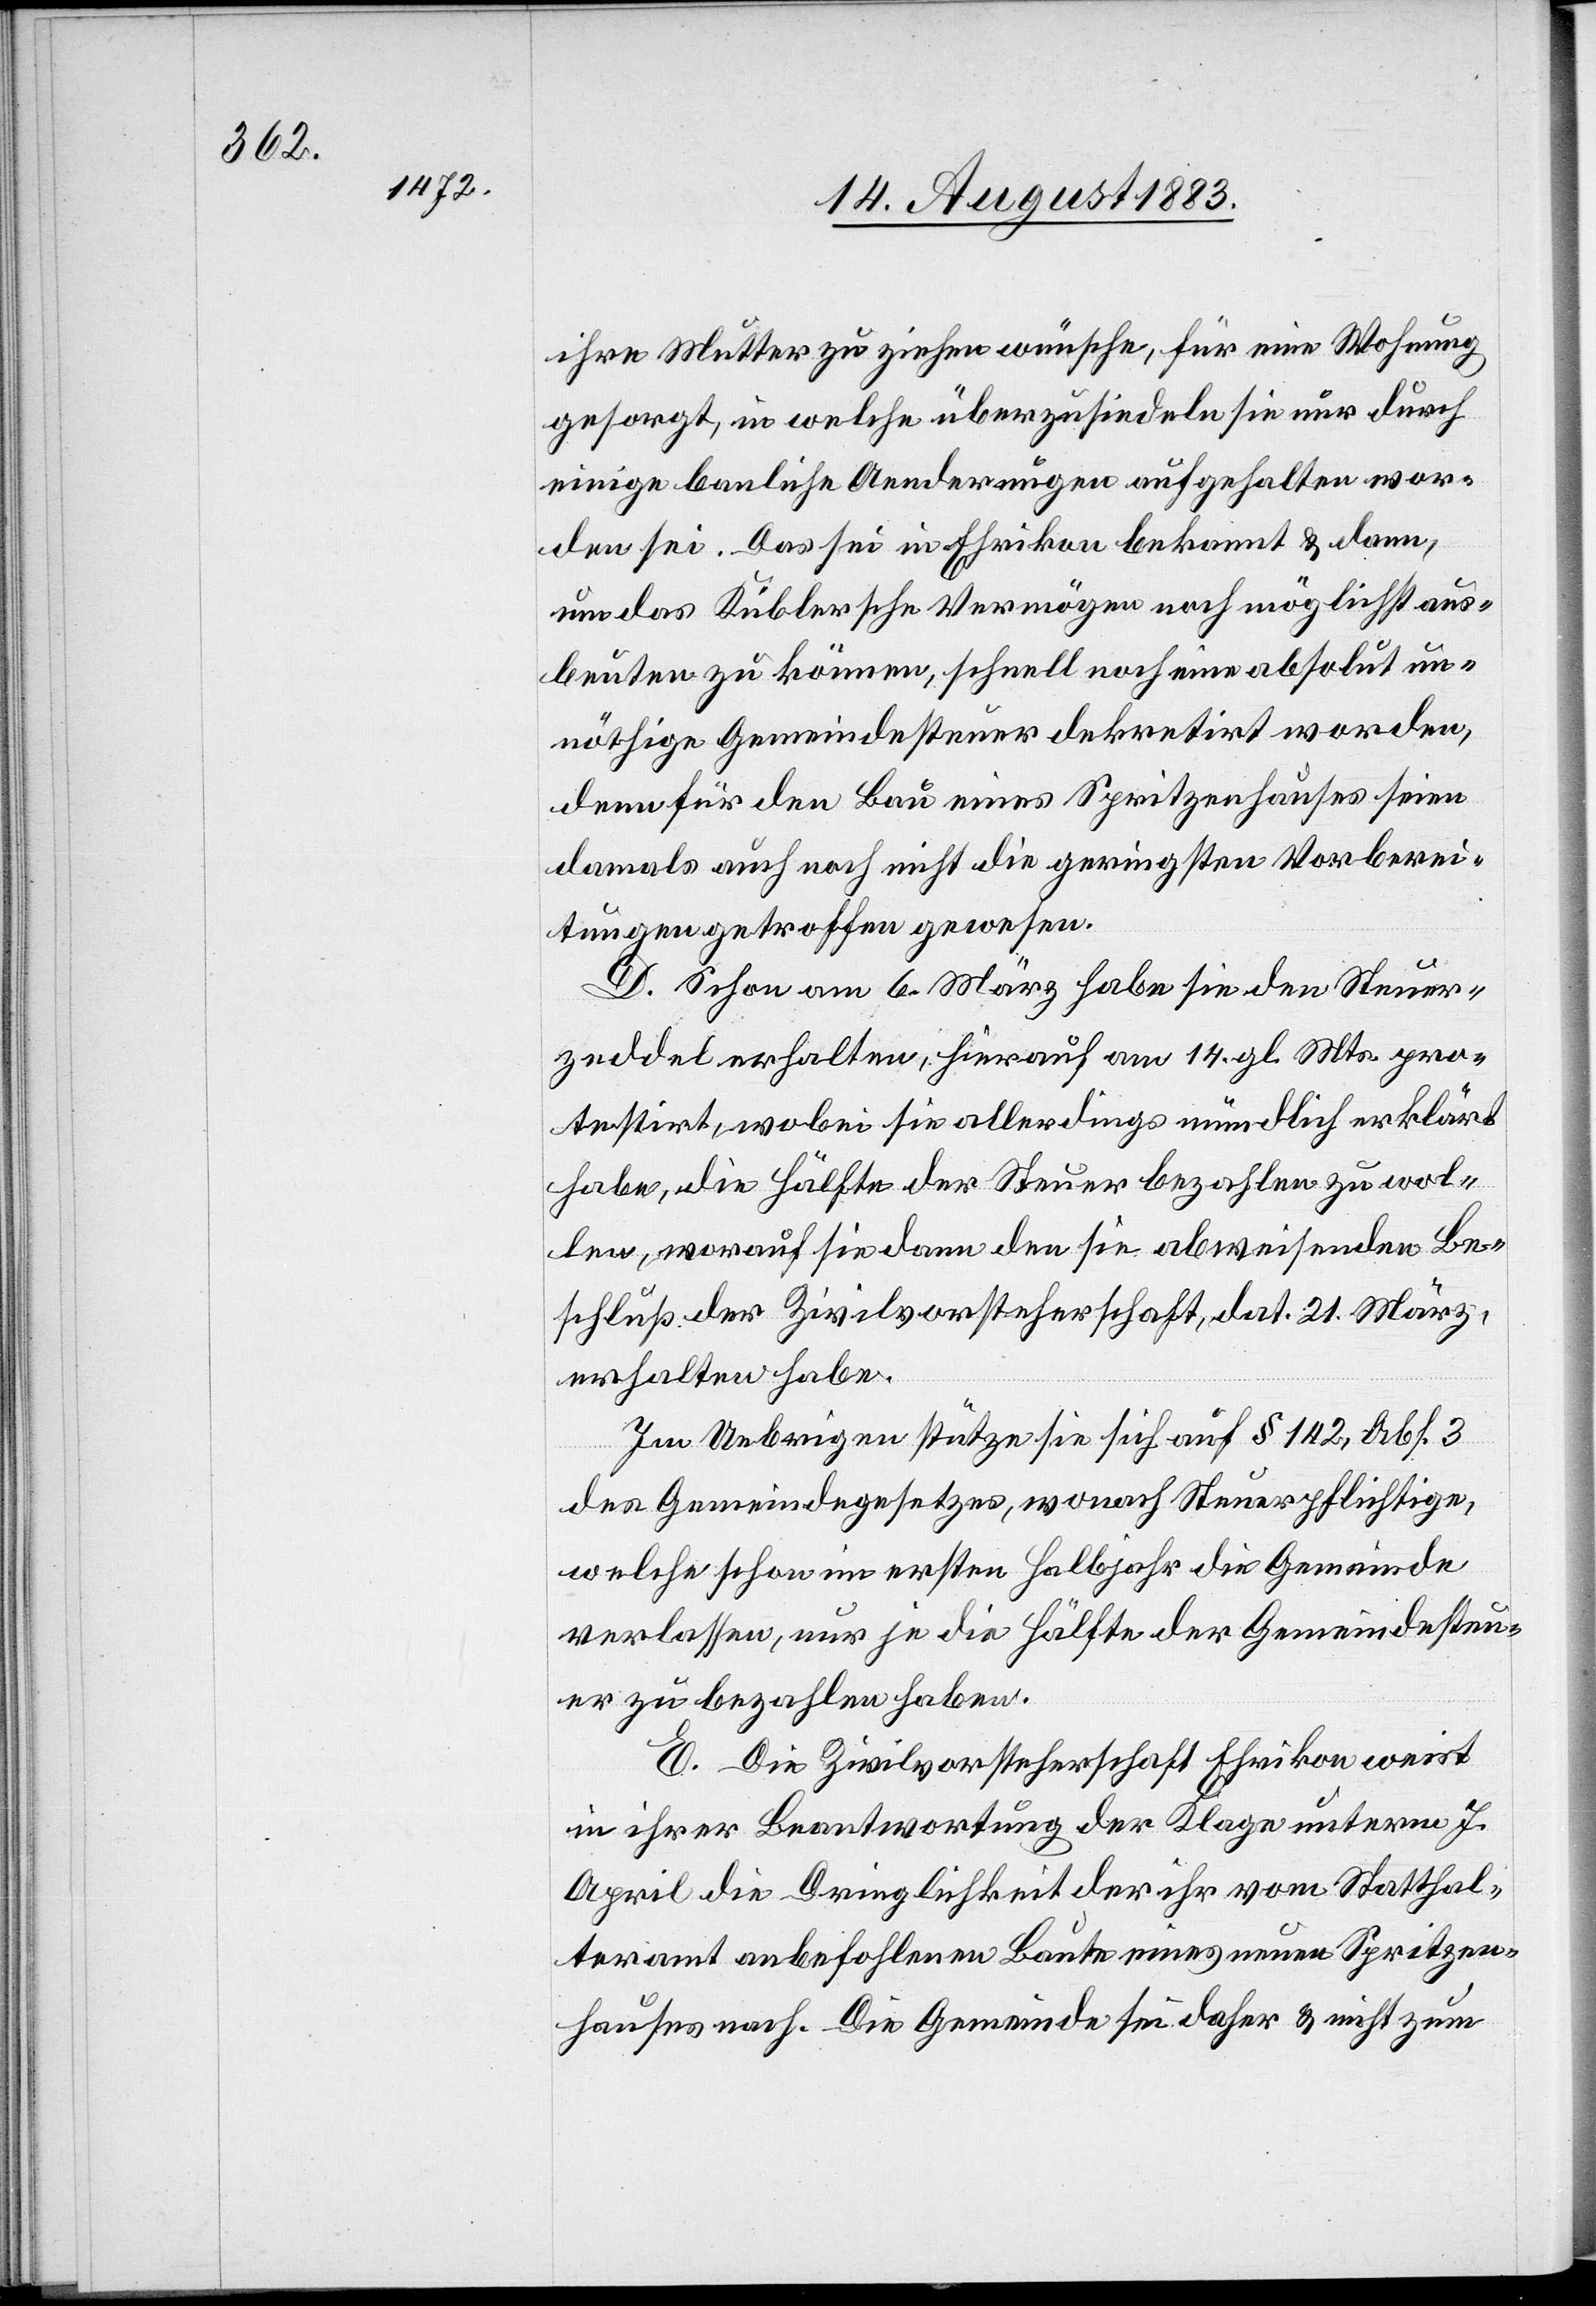
ihre Mutter zu ziehen wünsche, für eine Wohnung
gesorgt, in welche überzusiedeln sie nur durch
einige bauliche Aenderungen aufgehalten wor¬
den sei. Das sei in Ehrikon bekannt & dann,
um das Küblersche Vermögen noch möglichst aus¬
beuten zu können, schnell noch eine absolut un¬
nöthige Gemeindesteuer dekretirt worden,
denn für den Bau eines Spritzenhauses seien
damals auch noch nicht die geringsten Vorberei¬
tungen getroffen gewesen.
Schon am 6. März habe sie den Steuer¬
zeddel erhalten, hierauf am 14. gl. Mts. pro¬
testirt, wobei sie allerdings mündlich erklärt
habe, die Hälfte der Steuer bezahlen zu wol¬
len, worauf sie dann den sie abweisenden Be¬
schluß der Zivilvorsteherschaft, dat. 21. März,
erhalten habe.
Im Uebrigen stütze sie sich auf § 142, Abs. 3
des Gemeindegesetzes, wonach Steuerpflichtige,
welche schon im ersten Halbjahr die Gemeinde
Verlassen, nur je die Hälfte der Gemeindesteu¬
er zu bezahlen haben.
in ihrer Beantwortung der Klage unterm 7.
April die Dringlichkeit der ihr vom Statthal¬
teramt anbefohlenen Baute eines neuen Spritzen¬
hauses nach. Die Gemeinde sei daher & nicht zum